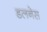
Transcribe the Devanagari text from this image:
डलनेस